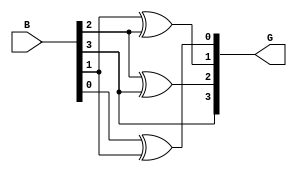
module gray_code_encoder #(parameter n = 4) (
    input  wire [n-1:0] B,  // n-bit binary input
    output wire [n-1:0] G   // n-bit Gray code output
);

// Assign the most significant bit of Gray code directly from the binary input
assign G[n-1] = B[n-1];

// Generate the remaining bits of the Gray code using XOR operations
genvar i;
generate
    for (i = n-2; i >= 0; i = i - 1) begin : gray_logic
        assign G[i] = B[i] ^ B[i+1];
    end
endgenerate

endmodule